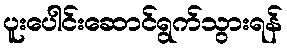
ပူးပေါင်းဆောင်ရွက်သွားရန်